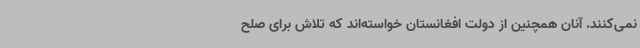
نمی‌کنند. آنان همچنین از دولت افغانستان خواسته‌اند که تلاش برای صلح